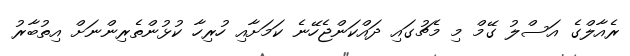
ރެއާލްގެ އަސްލު ގޭމް މި މެޗުގައި ދައްކަންޖެހޭނެ ކަމަށާއި ހުރިހާ ކުޅުންތެރިންނަށް އިތުބާރު